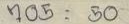
705 = 50